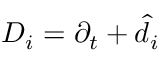
{ D _ { i } } = { \partial _ { t } } + { { \hat { d } } _ { i } }